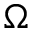
\Omega